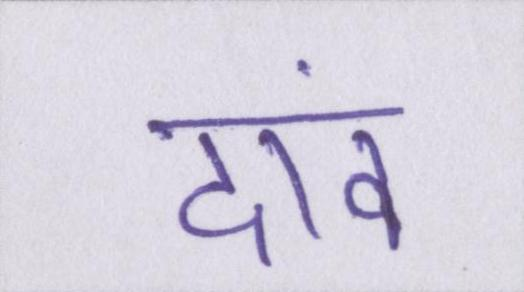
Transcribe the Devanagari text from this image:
दांव